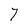
Character: 7